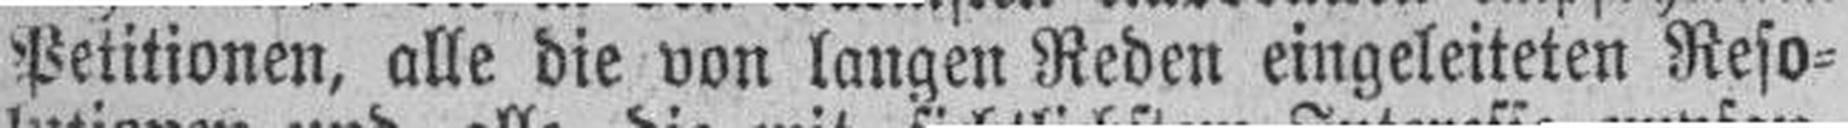
Petitionen, alle die von langen Reden eingeleiteten Reso¬